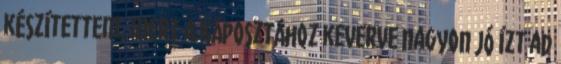
készítettem, mert a káposztához keverve nagyon jó ízt ad